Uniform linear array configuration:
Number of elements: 24
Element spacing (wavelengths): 1
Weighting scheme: blackman
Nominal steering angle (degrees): -15
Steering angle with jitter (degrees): -13.918
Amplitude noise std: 0.05
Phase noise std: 0.05

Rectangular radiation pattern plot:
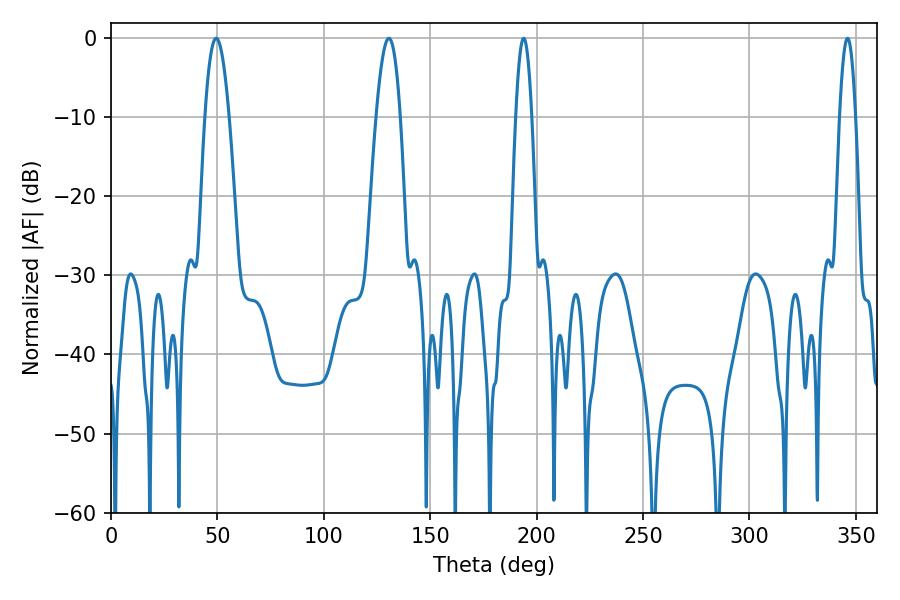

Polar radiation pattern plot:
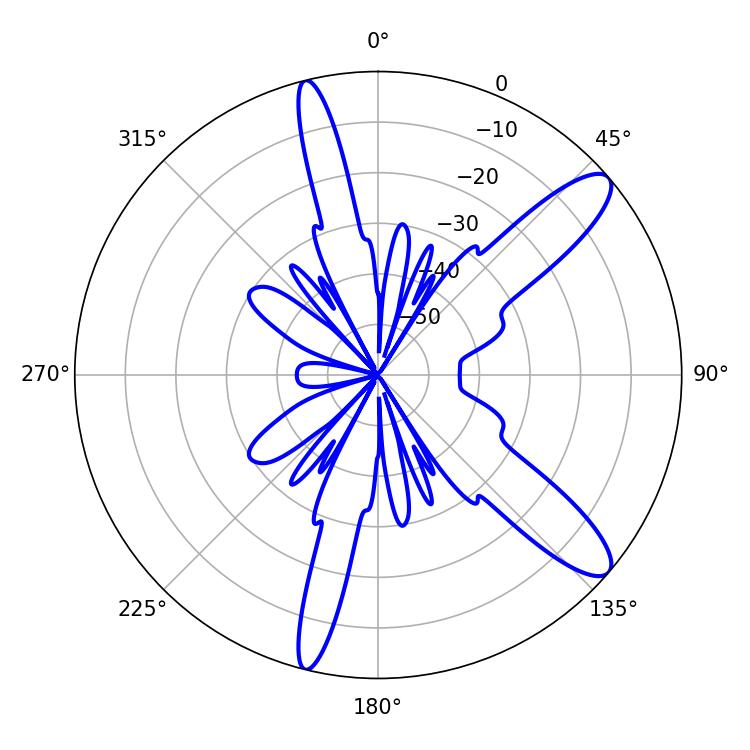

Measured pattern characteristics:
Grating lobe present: TRUE
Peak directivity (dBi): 11.502
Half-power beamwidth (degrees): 6.12
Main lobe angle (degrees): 49.5